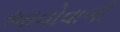
ભાવોવાળી